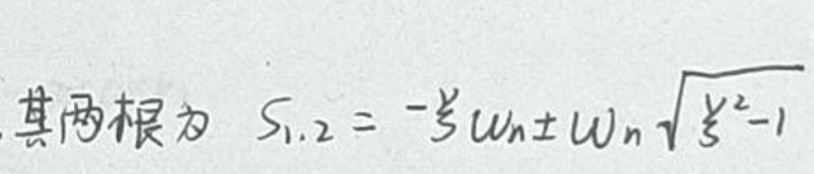
其两根为\(s_{1,2}=-\zeta\omega_n\pm\omega_n\sqrt{\zeta^2 - 1}\)